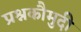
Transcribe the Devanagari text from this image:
प्रश्नकौमुदी